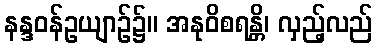
နန္ဒဝန်ဥယျာဉ်၌။ အနုဝိစရန္တိ၊ လှည့်လည်